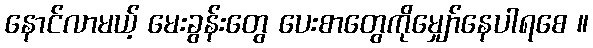
နောင်လာမယ့် မေးခွန်းတွေ ပေးစာတွေကိုမျှော်နေပါရစေ ။